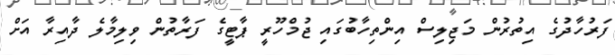
ފަރުހާދުގެ އިތުރުން މަޖިލިސް އިންތިހާބުގައި ޖުމްހޫރީ ޕާޓީގެ ފަރާތުން ވިލިމާލެ ދާއިރާ އަށް